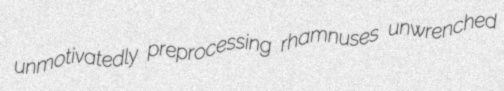
unmotivatedly preprocessing rhamnuses unwrenched